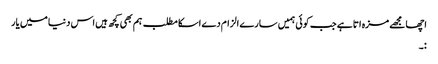
اچھا مجھے مزہ اتا ہے جب کوئی ہمیں سارے الزام دے اسکا مطلب ہم بھی کچھ ہیں اس دنیا میں یار
:۔